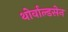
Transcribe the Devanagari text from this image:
थोर्वाल्डसेन